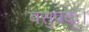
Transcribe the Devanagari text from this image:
वसुप्रदः।